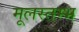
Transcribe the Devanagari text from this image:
मूलस्तम्भ